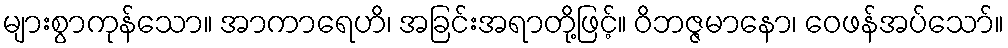
များစွာကုန်သော။ အာကာရေဟိ၊ အခြင်းအရာတို့ဖြင့်။ ဝိဘဇ္ဇမာနော၊ ဝေဖန်အပ်သော်။